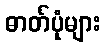
ဓာတ်ပုံများ